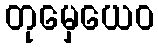
တုမှေယေဝ